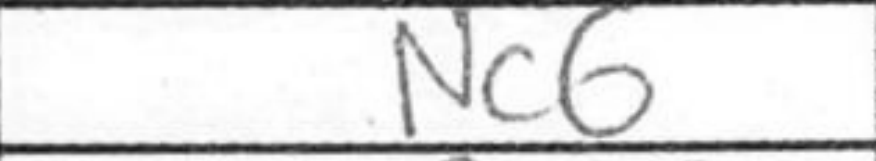
Transcription: Nc6